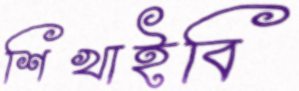
শিখাইবি